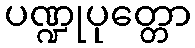
ပဏ္ဍုပုတ္တော